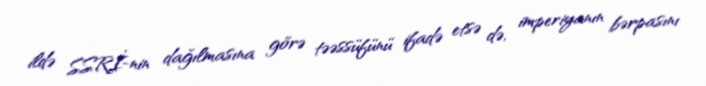
ildə SSRİ-nin dağılmasına görə təəssüfünü ifadə etsə də, imperiyanın bərpasını